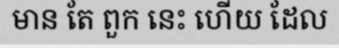
មាន តែ ពួក នេះ ហើយ ដែល